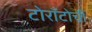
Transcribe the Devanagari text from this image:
टोराँटोची